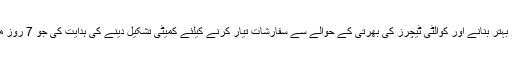
وزیراعلیٰ نے طلبا و طالبات کے گریڈ لیول کو بہتر بنانے اور کوالٹی ٹیچرز کی بھرتی کے حوالے سے سفارشات تیار کرنے کیلئے کمیٹی تشکیل دینے کی ہدایت کی جو 7 روز میں اپنی سفارشات وزیراعلیٰ کو پیش کرے گی۔